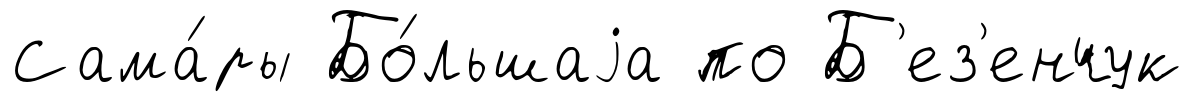
Сама́ры Бо́льшаjа по Б'ез'енчук